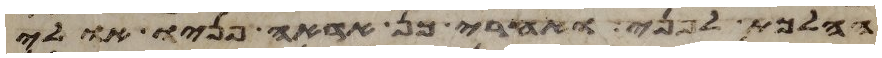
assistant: ההלכת לפני ואחרי כן אראה פניו אולי